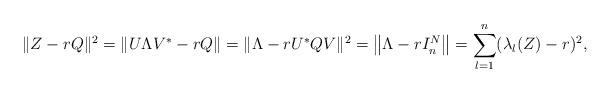
LaTeX: \begin{align*}\|Z-r Q\|^2=\|U \Lambda V^\ast-r Q\|=\|\Lambda-r U^\ast Q V\|^2 =\left\|\Lambda-r I^N_n \right\|=\sum_{l=1}^n (\lambda_l(Z)-r)^2,\end{align*}